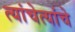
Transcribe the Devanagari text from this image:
त्यांचेत्यांचे